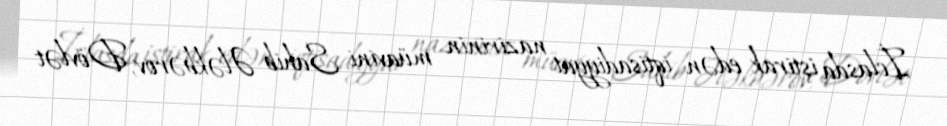
İclasda iştirak edən iqtisadiyyat nazirinin müavini Sahib Ələkbərov, Dövlət